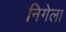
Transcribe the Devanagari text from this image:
निगेला